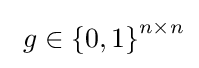
\textstyle \ g\in \left\{0,1\right\}^{n\times n}